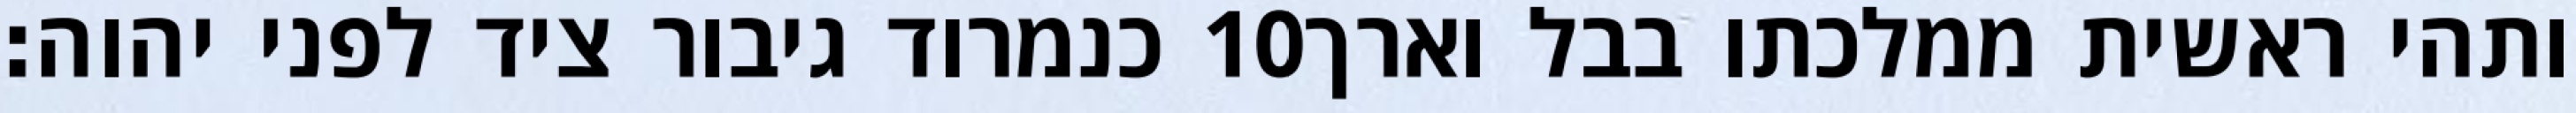
כנמרוד גיבור ציד לפני יהוה׃ ‎10‏ ותהי ראשית ממלכתו בבל וארך